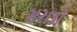
સરાડો